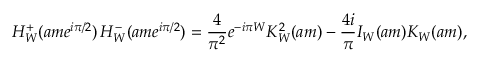
H _ { W } ^ { + } ( a m e ^ { i \pi / 2 } ) \, H _ { W } ^ { - } ( a m e ^ { i \pi / 2 } ) = \frac { 4 } { \pi ^ { 2 } } e ^ { - i \pi W } K _ { W } ^ { 2 } ( a m ) - \frac { 4 i } { \pi } I _ { W } ( a m ) K _ { W } ( a m ) ,